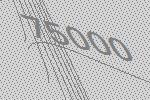
75000